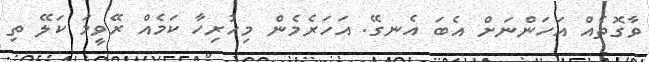
ވާގޮތެއް އަހަންނަށް އެބަ އެނގޭ. އަހަރެމެން މިހުރިހާ ކަމެއް ރޭވީމަ ކަލޭ ތި